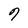
Character: 9